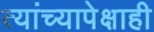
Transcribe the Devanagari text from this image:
त्यांच्यापेक्षाही